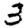
Digit: 3